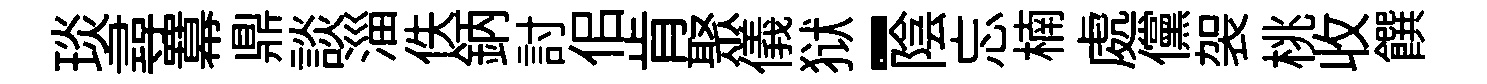
琰尋羃鼎談淄佚鈵討佀肯聚儀狱-陰忘楠處儻袈桃收饌